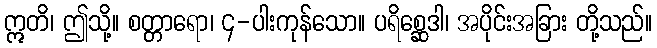
ဣတိ၊ ဤသို့။ စတ္တာရော၊ ၄-ပါးကုန်သော။ ပရိစ္ဆေဒါ၊ အပိုင်းအခြား တို့သည်။